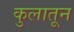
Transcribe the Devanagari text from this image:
कुलातून